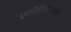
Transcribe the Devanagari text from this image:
एटोलियाइयों